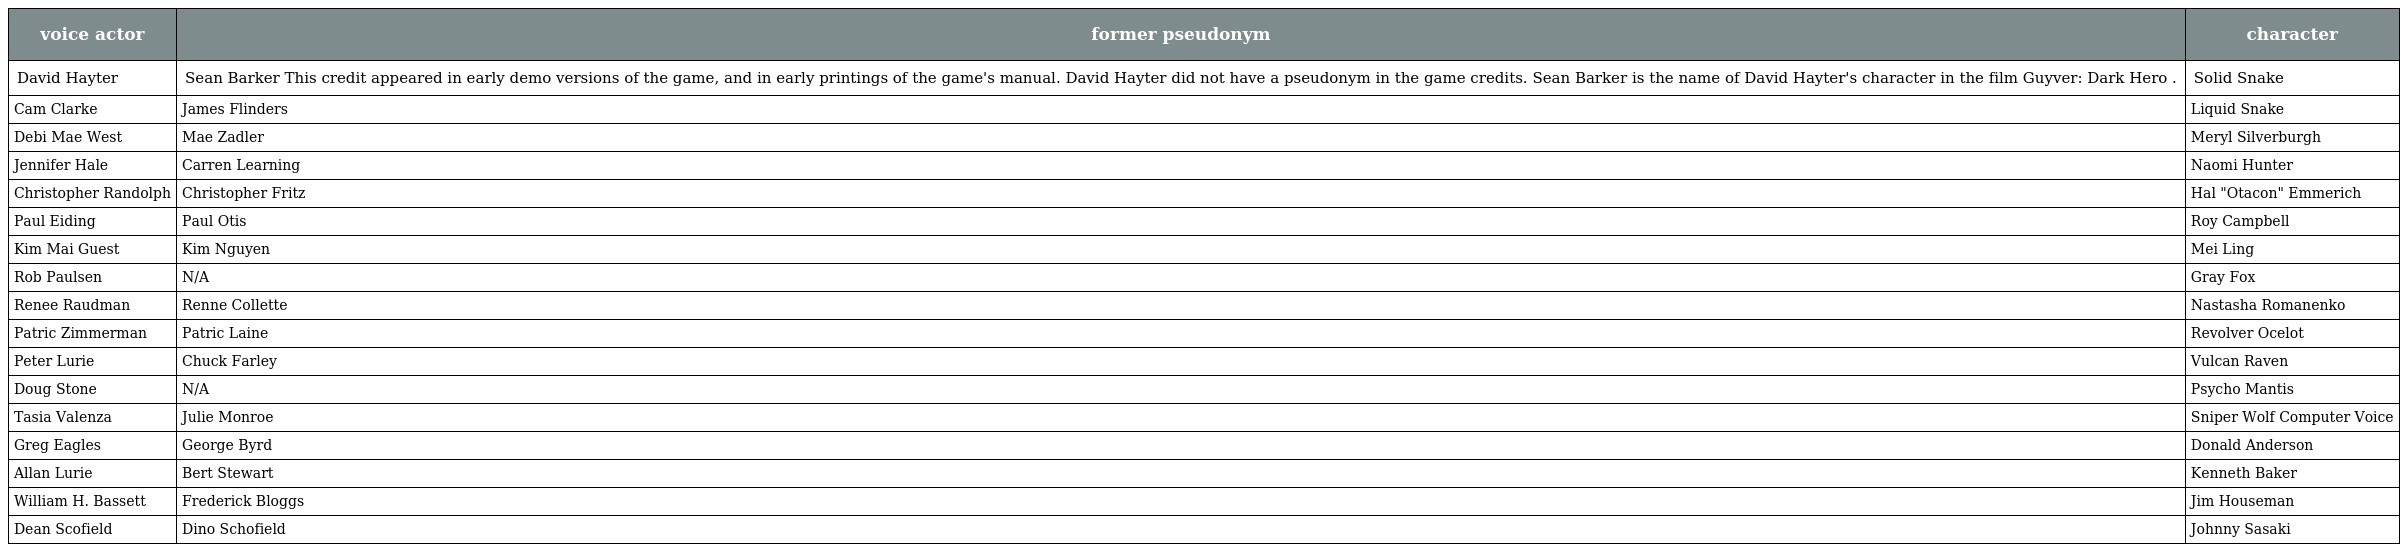
| voice actor | former pseudonym | character |
 | --- | --- | --- |
 | David Hayter | Sean Barker This credit appeared in early demo versions of the game, and in early printings of the game's manual. David Hayter did not have a pseudonym in the game credits. Sean Barker is the name of David Hayter's character in the film Guyver: Dark Hero . | Solid Snake |
 | Cam Clarke | James Flinders | Liquid Snake |
 | Debi Mae West | Mae Zadler | Meryl Silverburgh |
 | Jennifer Hale | Carren Learning | Naomi Hunter |
 | Christopher Randolph | Christopher Fritz | Hal "Otacon" Emmerich |
 | Paul Eiding | Paul Otis | Roy Campbell |
 | Kim Mai Guest | Kim Nguyen | Mei Ling |
 | Rob Paulsen | N/A | Gray Fox |
 | Renee Raudman | Renne Collette | Nastasha Romanenko |
 | Patric Zimmerman | Patric Laine | Revolver Ocelot |
 | Peter Lurie | Chuck Farley | Vulcan Raven |
 | Doug Stone | N/A | Psycho Mantis |
 | Tasia Valenza | Julie Monroe | Sniper Wolf Computer Voice |
 | Greg Eagles | George Byrd | Donald Anderson |
 | Allan Lurie | Bert Stewart | Kenneth Baker |
 | William H. Bassett | Frederick Bloggs | Jim Houseman |
 | Dean Scofield | Dino Schofield | Johnny Sasaki |